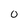
Character: O